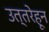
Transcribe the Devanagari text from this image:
उत्तरेहून